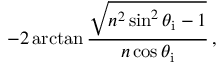
- 2 \arctan { \frac { \sqrt { n ^ { 2 } \sin ^ { 2 } \theta _ { \mathrm { i } } - 1 } } { n \cos \theta _ { \mathrm { i } } } } \, ,